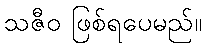
သဇီဝ ဖြစ်ရပေမည်။